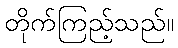
တိုက်ကြည့်သည်။